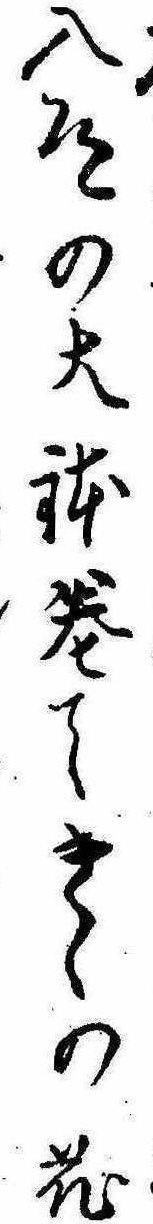
入道の大鉢巻てきくの花